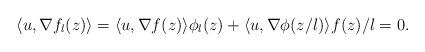
LaTeX: \begin{align*}\langle u, \nabla f_l(z)\rangle = \langle u, \nabla f(z) \rangle \phi_l(z) + \langle u, \nabla \phi(z/l)\rangle f(z)/l = 0.\end{align*}